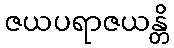
ဇယပရာဇယန္တိ